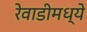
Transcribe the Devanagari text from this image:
रेवाडीमध्ये